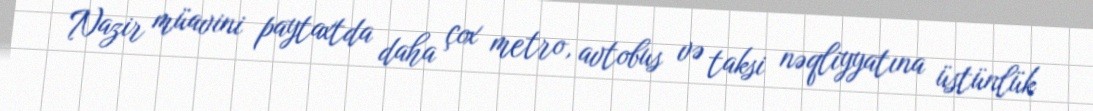
Nazir müavini paytaxtda daha çox metro, avtobus və taksi nəqliyyatına üstünlük